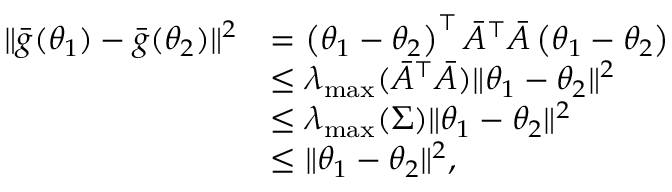
\begin{array} { r l } { \Vert \bar { g } ( \theta _ { 1 } ) - \bar { g } ( \theta _ { 2 } ) \Vert ^ { 2 } } & { = \left( \theta _ { 1 } - \theta _ { 2 } \right) ^ { \top } \bar { A } ^ { \top } \bar { A } \left( \theta _ { 1 } - \theta _ { 2 } \right) } \\ & { \leq \lambda _ { \operatorname* { m a x } } ( \bar { A } ^ { \top } \bar { A } ) \Vert \theta _ { 1 } - \theta _ { 2 } \Vert ^ { 2 } } \\ & { \leq \lambda _ { \operatorname* { m a x } } ( \Sigma ) \Vert \theta _ { 1 } - \theta _ { 2 } \Vert ^ { 2 } } \\ & { \leq \Vert \theta _ { 1 } - \theta _ { 2 } \Vert ^ { 2 } , } \end{array}